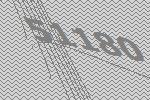
51180